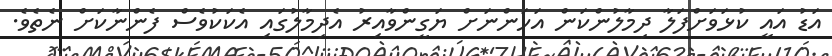
އަޑު އައީ ކުޅަވަށްފަލާ ދިމާލުންކަން އަހަންނަށް ޔަގީންވާއިރު އެދިމާލުގައި އެކަކުވެސް ފެންނާކަށް ނެތެވެ.